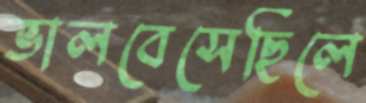
ভালবেসেছিলে